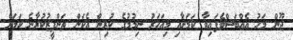
ޖޫން މަހު އެއްބަސްވެފައިވާ ކަމަށާއި މިއަހަރު ނިމުމުގެ ކުރިން އެކަން ތަންފީޒުކުރާނެ ކަމަށް